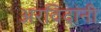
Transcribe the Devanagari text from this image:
अरविंदांनी